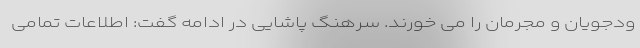
ودجویان و مجرمان را می خورند. سرهنگ پاشایی در ادامه گفت: اطلاعات تمامی